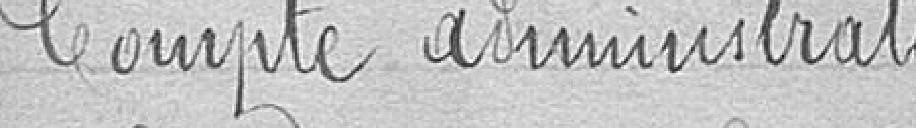
Compte administratif